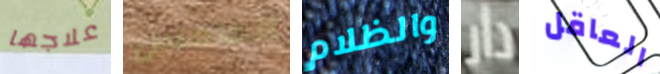
علاجها الخامس والظلام دار العاقل